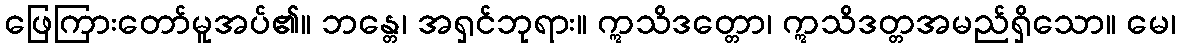
ဖြေကြားတော်မူအပ်၏။ ဘန္တေ၊ အရှင်ဘုရား။ ဣသိဒတ္တော၊ ဣသိဒတ္တအမည်ရှိသော။ မေ၊